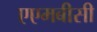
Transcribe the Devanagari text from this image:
एएमबीसी